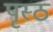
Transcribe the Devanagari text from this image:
पृस्ठ